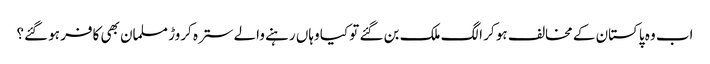
اب وہ پاکستان کے مخالف ہو کر الگ ملک بن گئے تو کیا وہاں رہنے والے سترہ کروڑ مسلمان بھی کافر ہو گئے؟